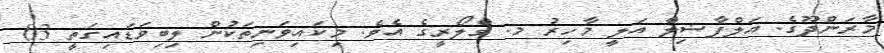
މާރަންދޫގެ. އަލްފާޟިލް އަލީ މާހިރު މ. ގްލޯރީގެ އެވެ. މިކައިވަނިތަކުން ލިބިވަޑައިގަތީ 03